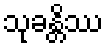
သုခန္တိဿ